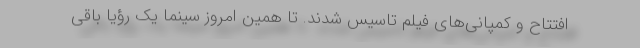
افتتاح و کمپانی‌های فیلم تاسیس شدند. تا همین امروز سینما یک رؤیا باقی